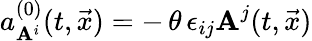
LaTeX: a_{\mathbf{A}^{i}}^{(0)}(t,\vec{{x}})=-\, \theta\, \epsilon_{ij}\mathbf{A}^{j}(t,\vec{{x}})